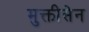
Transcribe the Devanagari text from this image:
मुक्तीसेन